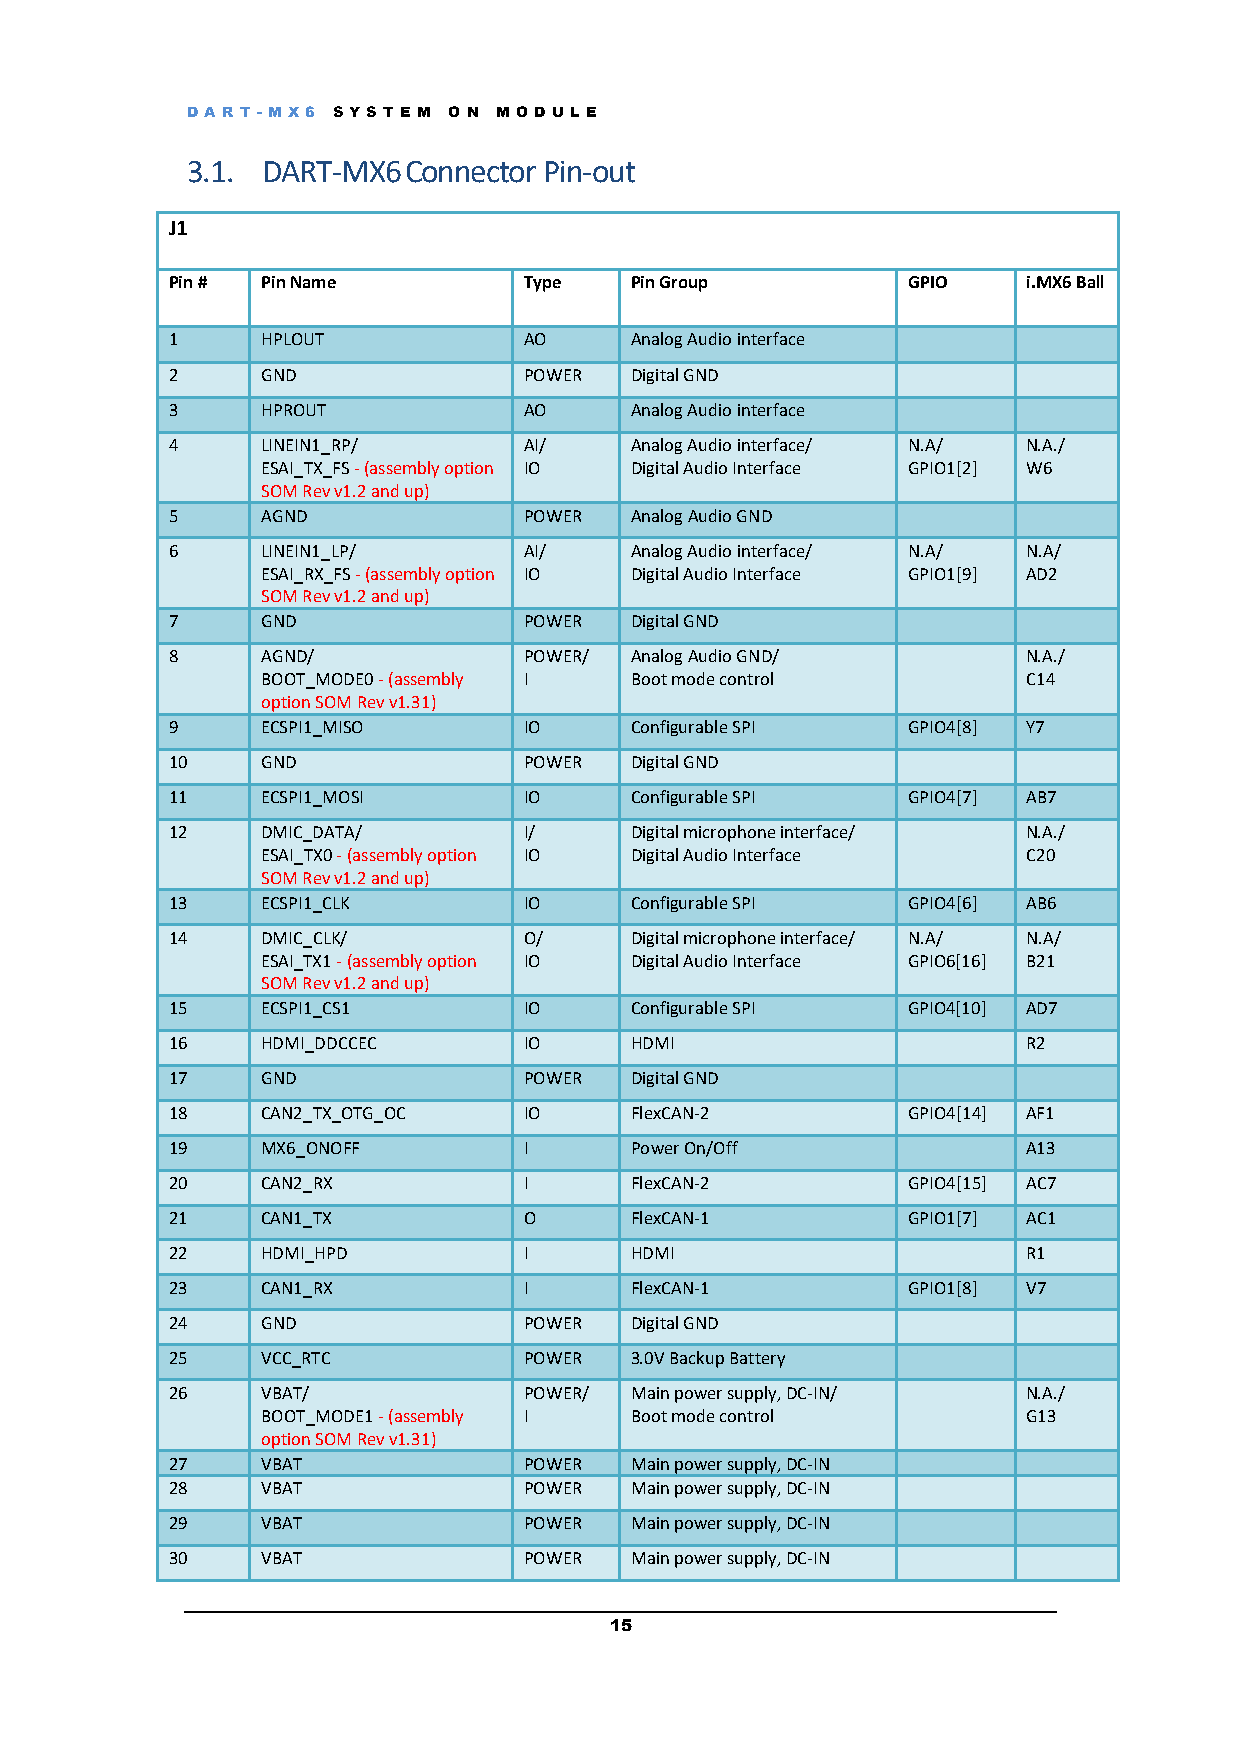
DART -M X6 S YS T E M O N M OD UL E
 3.1. DART-MX6Connector  Pin-out
 J1
 Pin # Pin Name          Type   Pin Group         GPIO    i.MX6 Ball
 1     HPLOUT            AO     Analog Audio interface
 2     GND               POWER  Digital GND
 3     HPROUT            AO     Analog Audio interface
 4     LINEIN1_RP/       AI/    Analog Audio interface/ N.A/ N.A./
 ESAI_TX_FS - (assembly option IO Digital Audio Interface GPIO1[2] W6
 SOM Rev v1.2 and up)
 5     AGND              POWER  Analog Audio GND
 6     LINEIN1_LP/       AI/    Analog Audio interface/ N.A/ N.A/
 ESAI_RX_FS - (assembly option IO Digital Audio Interface GPIO1[9] AD2
 SOM Rev v1.2 and up)
 7     GND               POWER  Digital GND
 8     AGND/             POWER/ Analog Audio GND/         N.A./
 BOOT_MODE0 - (assembly I Boot mode control         C14
 option SOM Rev v1.31)
 9     ECSPI1_MISO       IO     Configurable SPI  GPIO4[8] Y7
 10    GND               POWER  Digital GND
 11    ECSPI1_MOSI       IO     Configurable SPI  GPIO4[7] AB7
 12    DMIC_DATA/        I/     Digital microphone interface/ N.A./
 ESAI_TX0 - (assembly option IO Digital Audio Interface C20
 SOM Rev v1.2 and up)
 13    ECSPI1_CLK        IO     Configurable SPI  GPIO4[6] AB6
 14    DMIC_CLK/         O/     Digital microphone interface/ N.A/ N.A/
 ESAI_TX1 - (assembly option IO Digital Audio Interface GPIO6[16] B21
 SOM Rev v1.2 and up)
 15    ECSPI1_CS1        IO     Configurable SPI  GPIO4[10] AD7
 16    HDMI_DDCCEC       IO     HDMI                      R2
 17    GND               POWER  Digital GND
 18    CAN2_TX_OTG_OC    IO     FlexCAN-2         GPIO4[14] AF1
 19    MX6_ONOFF         I      Power On/Off              A13
 20    CAN2_RX           I      FlexCAN-2         GPIO4[15] AC7
 21    CAN1_TX           O      FlexCAN-1         GPIO1[7] AC1
 22    HDMI_HPD          I      HDMI                      R1
 23    CAN1_RX           I      FlexCAN-1         GPIO1[8] V7
 24    GND               POWER  Digital GND
 25    VCC_RTC           POWER  3.0V Backup Battery
 26    VBAT/             POWER/ Main power supply, DC-IN/ N.A./
 BOOT_MODE1 - (assembly I Boot mode control         G13
 option SOM Rev v1.31)
 27    VBAT              POWER  Main power supply, DC-IN
 28    VBAT              POWER  Main power supply, DC-IN
 29    VBAT              POWER  Main power supply, DC-IN
 30    VBAT              POWER  Main power supply, DC-IN
 15